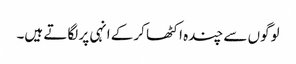
لوگوں سے چندہ اکٹھا کرکے انہی پر لگاتے ہیں۔